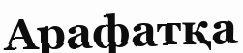
Арафатқа